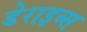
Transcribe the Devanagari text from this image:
डेराइव्स